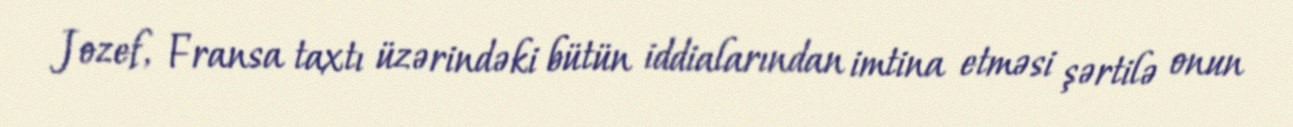
Jozef, Fransa taxtı üzərindəki bütün iddialarından imtina etməsi şərtilə onun